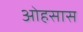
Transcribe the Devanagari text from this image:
ओहसास